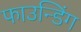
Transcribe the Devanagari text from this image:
फाउन्डिंग